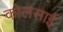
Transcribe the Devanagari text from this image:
कोलसाई